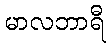
မာလဘာရီ